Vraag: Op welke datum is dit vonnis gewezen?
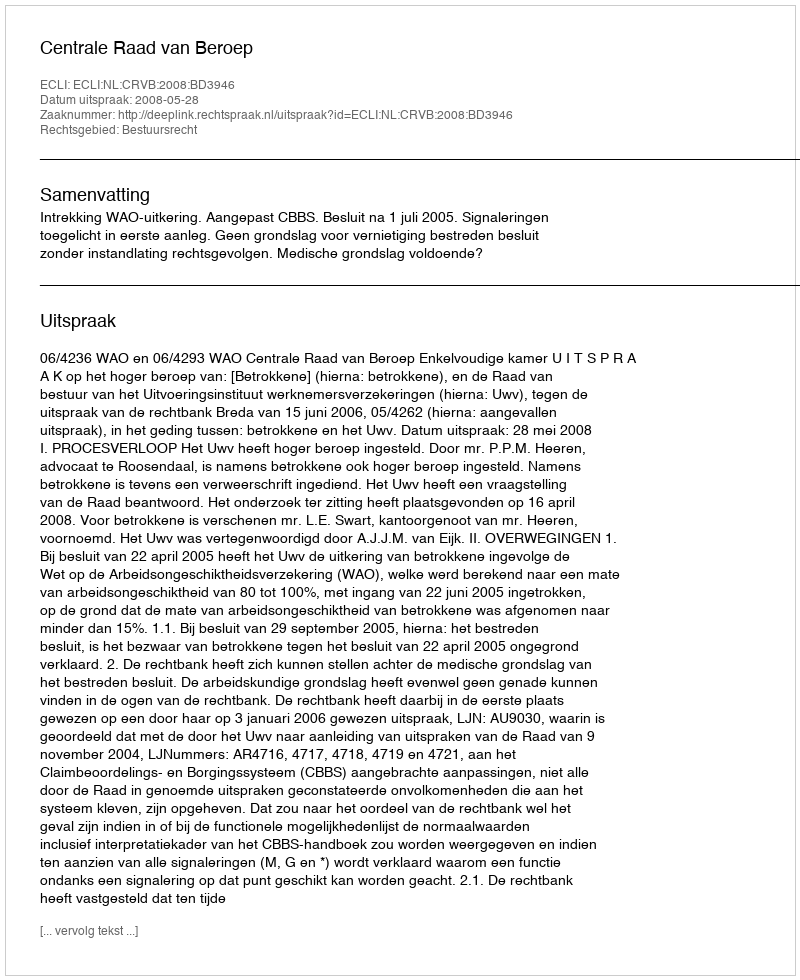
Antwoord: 2008-05-28